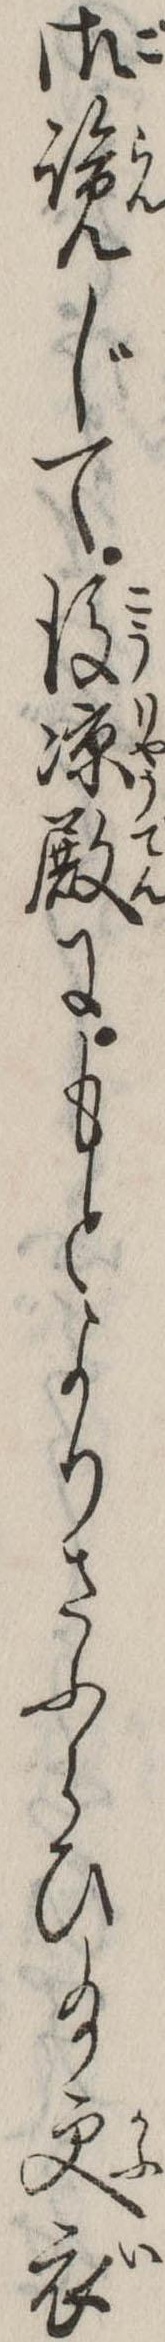
御覧じて後涼殿にもとよりさふらひ給更衣